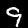
Digit: 9